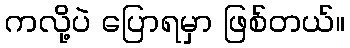
ကလို့ပဲ ပြောရမှာ ဖြစ်တယ်။